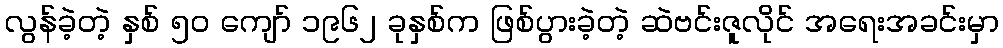
လွန်ခဲ့တဲ့ နှစ် ၅၀ ကျော် ၁၉၆၂ ခုနှစ်က ဖြစ်ပွားခဲ့တဲ့ ဆဲဗင်းဇူလိုင် အရေးအခင်းမှာ